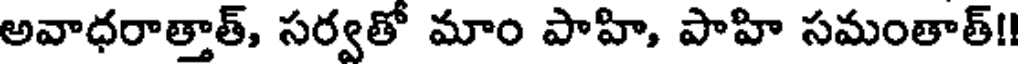
అవాధరాత్తాత్, సర్వతో మాం పాహి, పాహి సమంతాత్!!